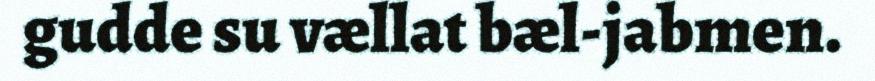
gudde su vællat bæl-jabmen.